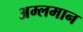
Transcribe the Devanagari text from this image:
अम्लमान